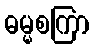
ဓမ္မစကြာ